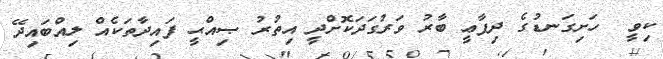
ކިވީ  ހަށިގަނޑުގެ ދިފާޢީ ބާރު ވަރުގަދަކޮށްދީ އިތުރު ޞިއްޙީ ފައިދާތަކެއް ލިއްބައިދޭ